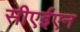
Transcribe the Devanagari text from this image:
सीएईएन